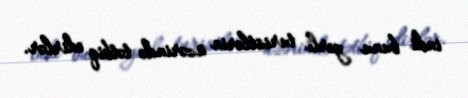
indi bunu yerli turistlərin üzərində tətbiq edirlər.